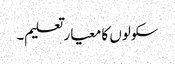
سکولوں کا معیار تعلیم۔